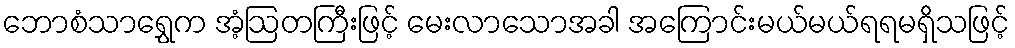
ဘောစံသာရွှေက အံ့ဩတကြီးဖြင့် မေးလာသောအခါ အကြောင်းမယ်မယ်ရရမရှိသဖြင့်